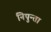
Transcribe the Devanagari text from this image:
निपुन्ता